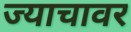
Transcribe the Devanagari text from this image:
ज्याचावर